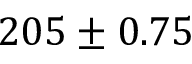
2 0 5 \pm 0 . 7 5